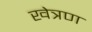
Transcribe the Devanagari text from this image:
खेत्रण